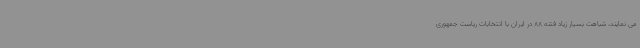
می نمایند، شباهت بسیار زیاد فتنه 88 در ایران با انتخابات ریاست جمهوری